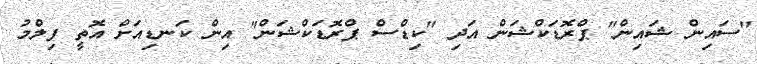
"ސައިން ޝައިން" ޕްރޮޑަކްޝަން އަދި "ކިޑްސް ޕްރޮޑަކްޝަން" އިން ކަނޑިއަށް އޮތީ ފިލްމު